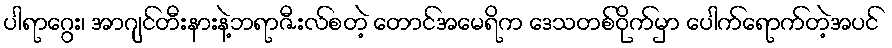
ပါရာဂွေး၊ အာဂျင်တီးနားနဲ့ဘရာဇီးလ်စတဲ့ တောင်အမေရိက ဒေသတစ်ဝိုက်မှာ ပေါက်ရောက်တဲ့အပင်